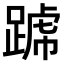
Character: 𨂶